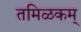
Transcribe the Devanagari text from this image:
तमिळकम्‌